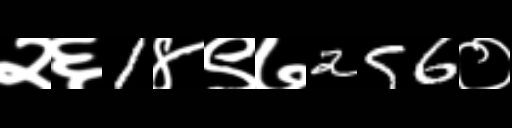
Text: २६1४९७256०